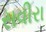
સવીરા